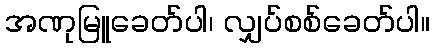
အဏုမြူခေတ်ပါ၊ လျှပ်စစ်ခေတ်ပါ။